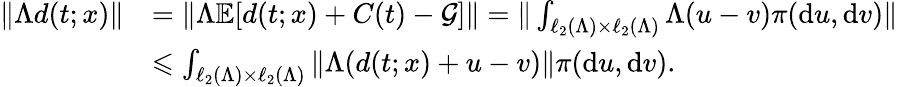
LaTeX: \begin{array}{rl}{\| \Lambda d(t;x)\| }&{=\| \Lambda\mathbb{E}[d(t;x)+C(t)-\mathcal{G}]\| =\| \int_{\ell_{2}(\Lambda)\times\ell_{2}(\Lambda)}\Lambda(u-v)\pi(\mathrm{d}u,\mathrm{d}v)\| }\\ &{\leqslant\int_{\ell_{2}(\Lambda)\times\ell_{2}(\Lambda)}\| \Lambda(d(t;x)+u-v)\| \pi(\mathrm{d}u,\mathrm{d}v).}\end{array}